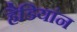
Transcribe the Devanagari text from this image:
हैडियांन